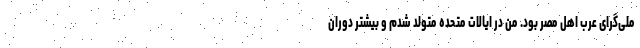
ملی‌گرای عرب اهل مصر بود. من در ایالات متحده متولد شدم و بیشتر دوران